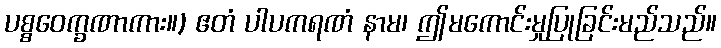
ပစ္စဝေက္ခဏာကား။) ဧတံ ပါပကရဏံ နာမ၊ ဤမကောင်းမှုပြုခြင်းမည်သည်။